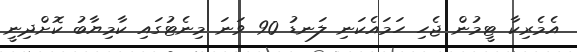
އެެމެރިކާ ޓީމުން ޖެހި ހަމައެކަނި ލަނޑު 90 ވަނަ މިނެޓުގައި ކާމިޔާބު ކޮށްދިނީ